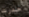
حذرت